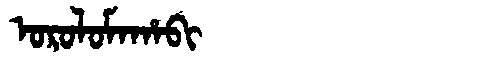
Manchu: ᠣᡵᠣᠯᠣᠮᠠᡥᠠᠪᡳ
Romanization: OROLOMAHABI